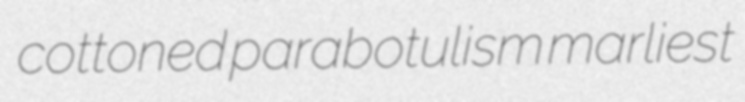
cottoned parabotulism marliest